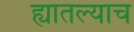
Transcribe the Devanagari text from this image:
ह्यातल्याच